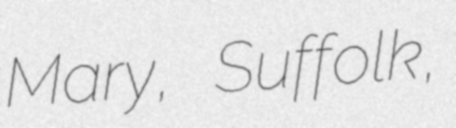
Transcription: Mary, Suffolk,